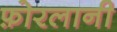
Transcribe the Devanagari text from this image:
फ़ोरलानी